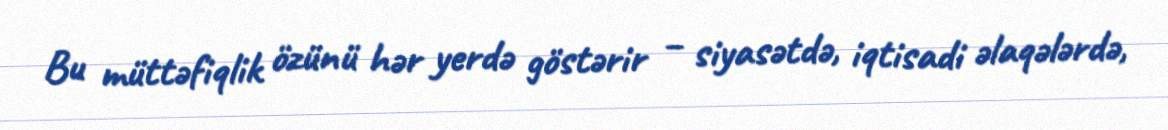
Bu müttəfiqlik özünü hər yerdə göstərir – siyasətdə, iqtisadi əlaqələrdə,